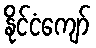
နိုင်ငံကျော်